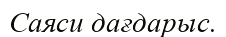
Саяси дағдарыс.